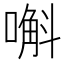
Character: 嘝